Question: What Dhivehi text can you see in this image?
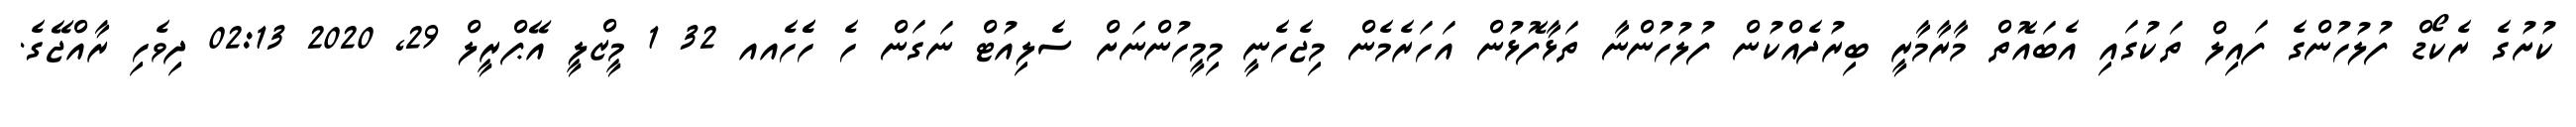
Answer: ކުށުގެ ރެކޯޑް ފުލުހުންގެ ފައިލް ތަކުގައި އެބައޮތް މާރާމާރީ ބިރުދެއްކުން ފުލުހުންނާ ތަޅާފޮޅުން އަހަރެމެން މިޖެހެނީ މިމީހުންނަށް ސެލިއުޓް ނަގަން ހެ ހެެހެއއ 32 1 މީޒްލީ އޭޕްރީލް 29, 2020 02:13 ދިވެހި ރާއްޖޭގެ.